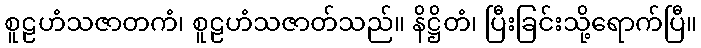
စူဠဟံသဇာတကံ၊ စူဠဟံသဇာတ်သည်။ နိဋ္ဌိတံ၊ ပြီးခြင်းသို့ရောက်ပြီ။